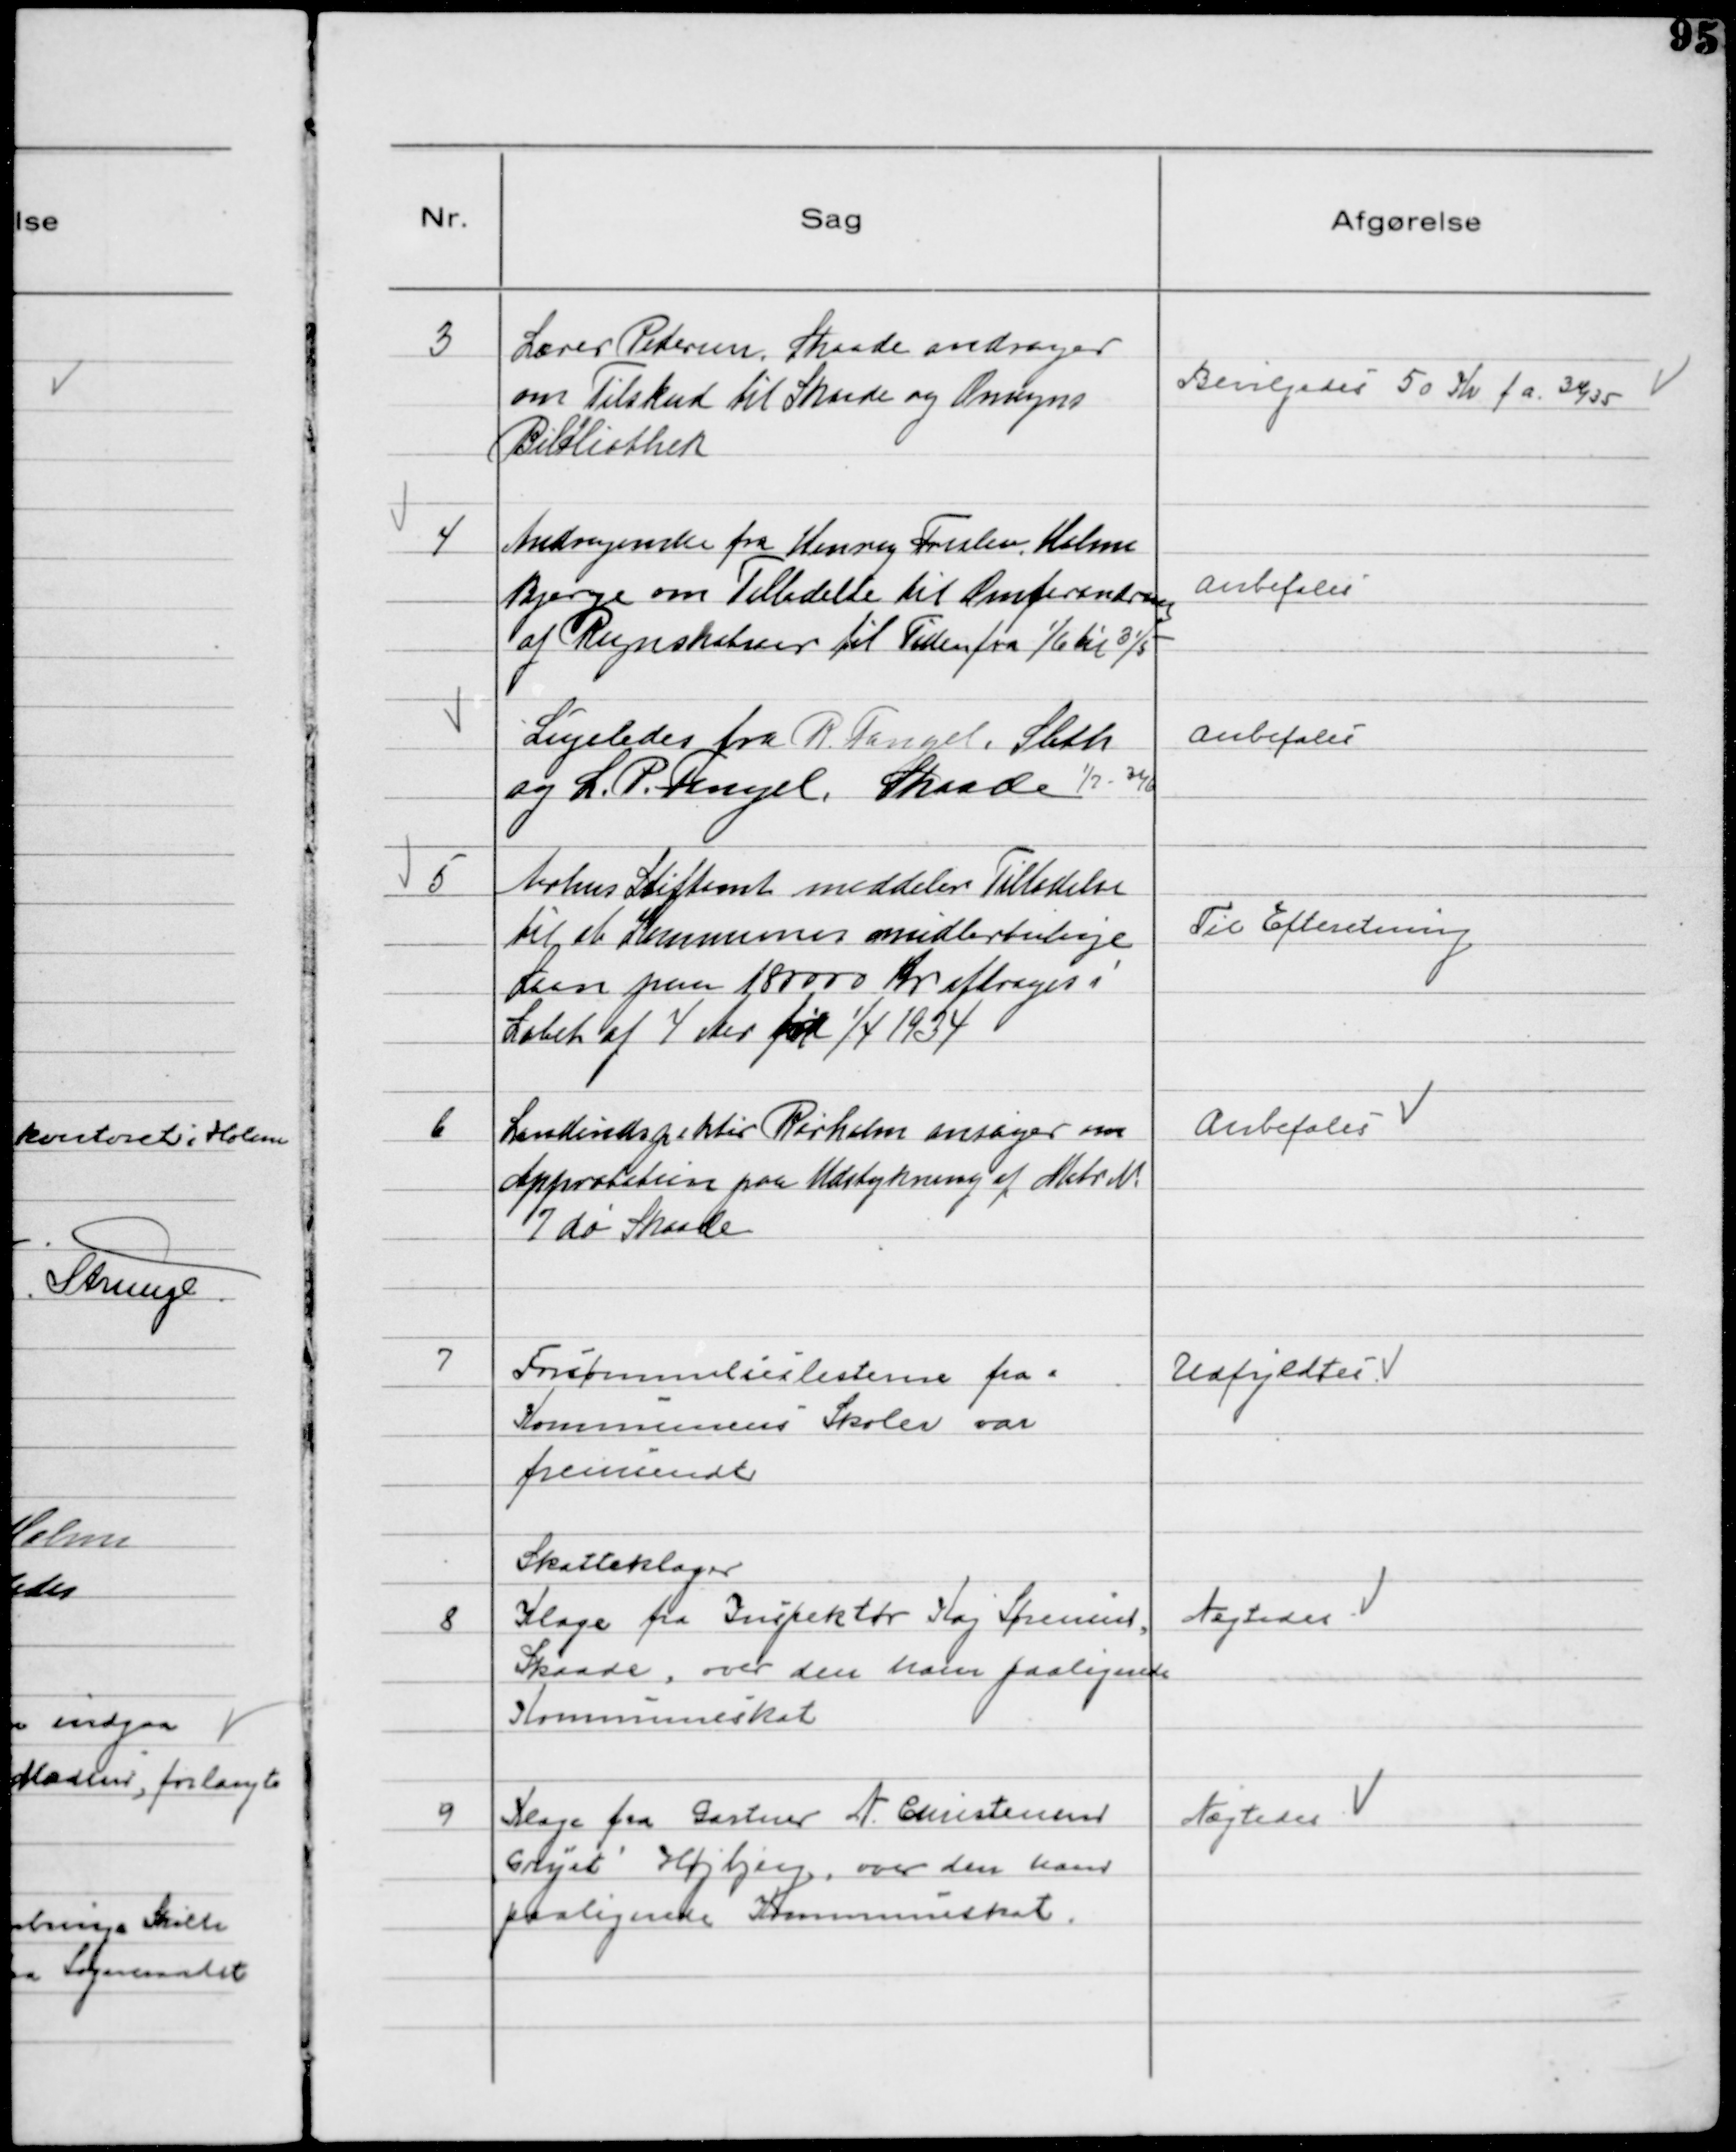
Transskription:
3
Lærer Pedersen Skaade andrager
om Tilskud til Skaade og Omegns
Bibliothek

Bevilgedes 50 Kr f.a. 34/35

4
Andragende fra Henry Frislev, Holme
Bjerge om Tilladelse til Omforandring
af Regnskabsaar til Tiden fra 1/6 til 31/5

Anbefales

Ligeledes fra R Fangel, Sleth
og L. P. Fangel, Skaade 1/7 - 31/6

Anbefales

5
Aarhus Stiftamt meddeler Tilladelse
til at Kommunens midlertidige
Laan paa 180000 Kr afdrages i
Løbet af 4 Aar fra 1/4 1934

Til Efteretning

6
Landindspektør Rørholm ansøger om
Approbation paa Udstykning af Matr №
7 do Skaade

Anbefales

7
Forsømmelseslisterne fra
Kommunens Skoler var
fremsendt

Udfyldtes

Skatteklager

8
Klage fra Inspektør Kaj Sørensen
Skaade, over den ham paalignede
Kommuneskat

Nægtedes

9
Klage fra Gartner N. Christensen
Gryet Højbjerg, over den ham
paalignede Kommuneskat.

Nægtedes